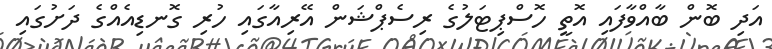
އަދި ބޮން ބާއްވާފައި އޮތީ ހޮސްޕިޓަލުގެ ރިސެޕްޝަން އޭރިއާގައި ހުރި ގޮނޑިއެއްގެ ދަށުގައި